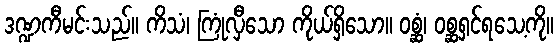
ဒဏ္ဍကီမင်းသည်။ ကိသံ၊ ကြုံလှီသော ကိုယ်ရှိသော။ ဝစ္ဆံ၊ ဝစ္ဆရှင်ရသေ့ကို။